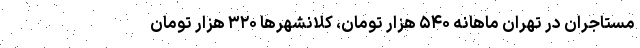
مستاجران در تهران ماهانه ۵۴۰ هزار تومان، کلانشهرها ۳۲۰ هزار تومان